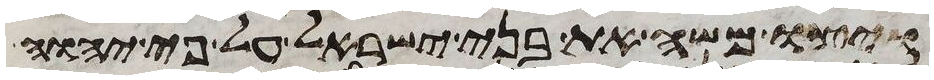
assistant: ויצו משה את בני ישראל על פי יהוה